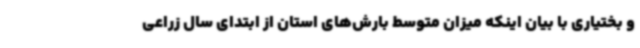
و بختیاری با بیان اینکه میزان متوسط بارش‌های استان از ابتدای سال زراعی